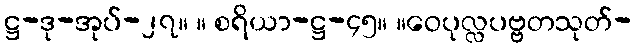
ဋ္ဌ-ဒု-အုပ်-၂၇။ ။ စရိယာ-ဋ္ဌ-၄၅။ ။ဝေပုလ္လပဗ္ဗတသုတ်-